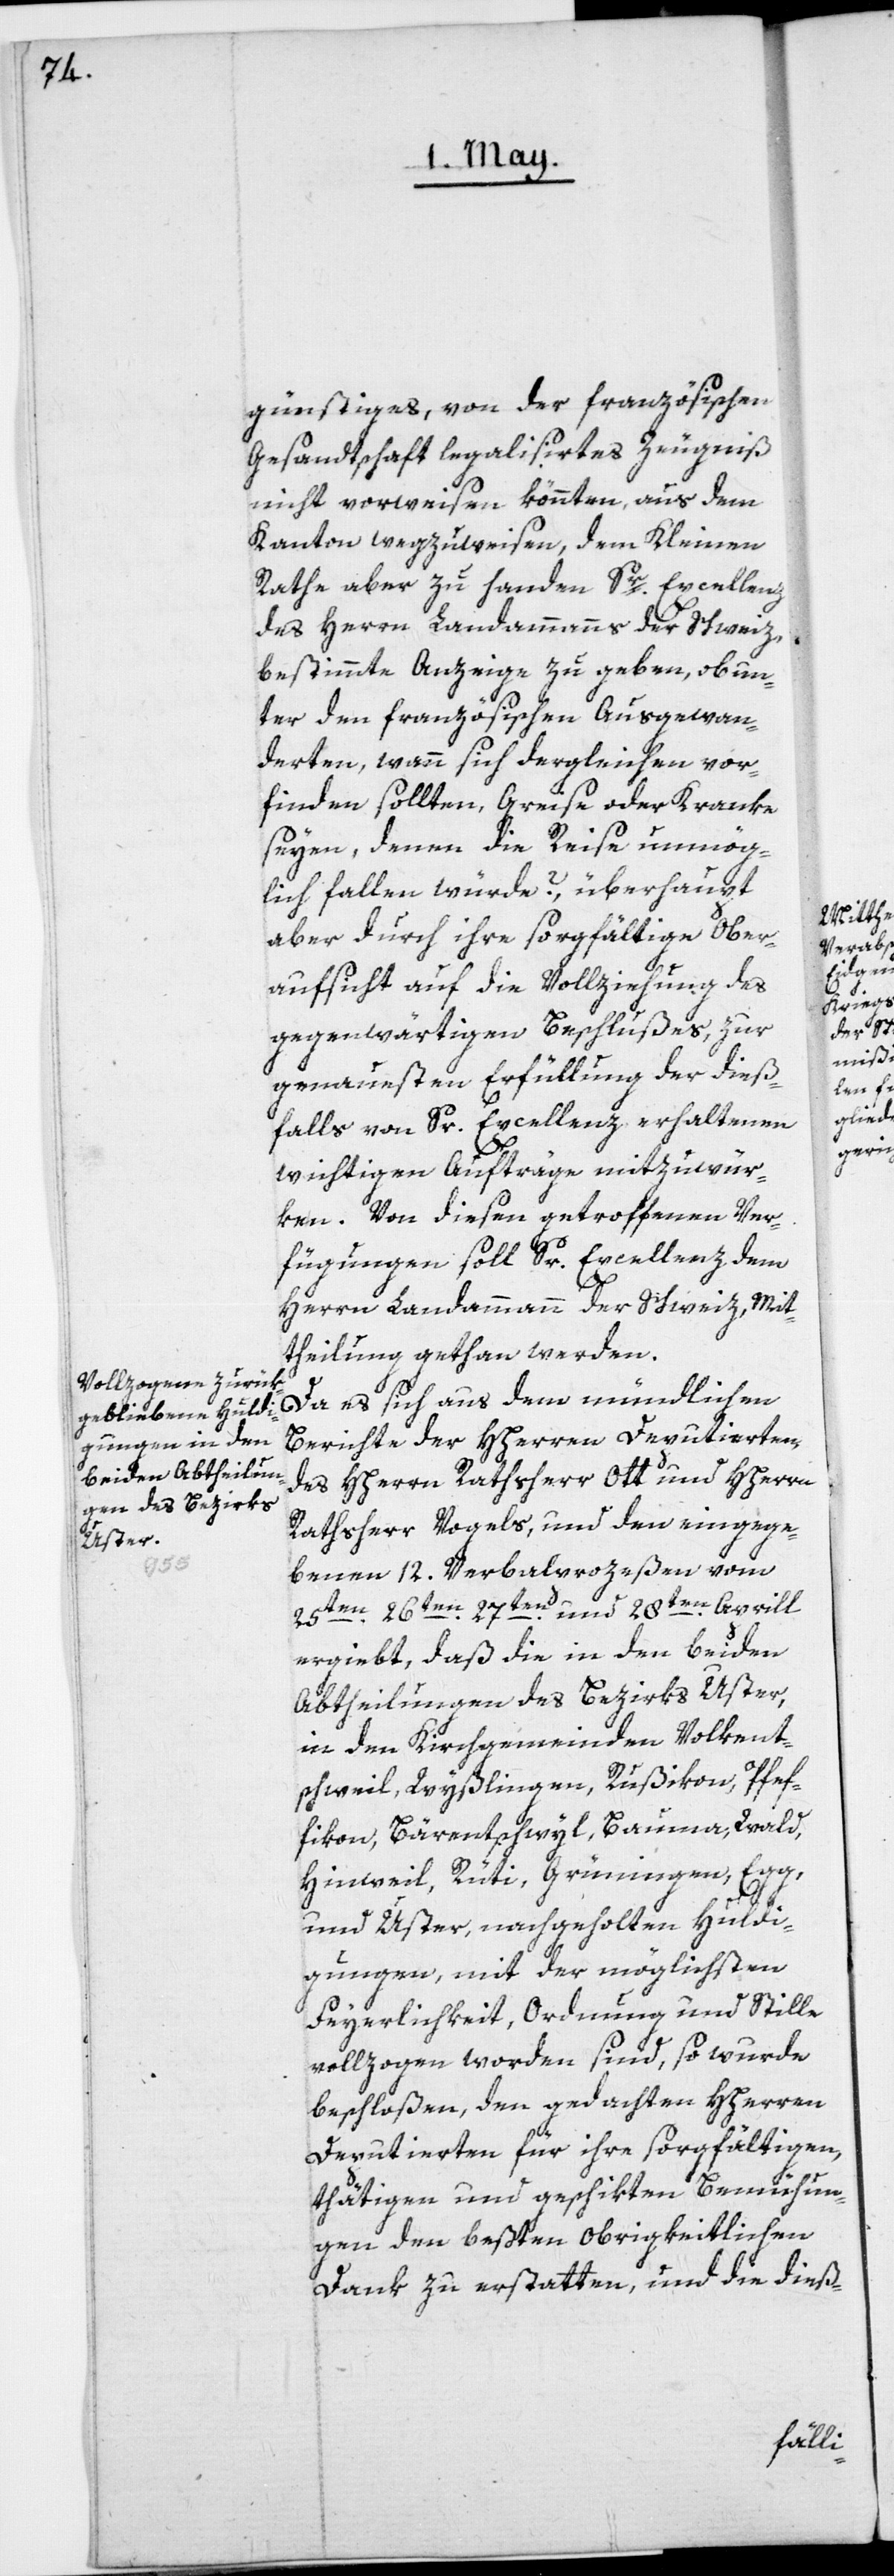
günstiges, von der französischen
Gesandtschaft legalisirtes Zeugniß
nicht vorweisen könnten, aus dem
Kanton wegzuweisen, dem Kleinen
Rathe aber zu Handen Sr Excellenz
des Herrn Landammanns der Schweiz,
bestimmte Anzeige zu geben, ob un¬
ter den französischen Ausgewan¬
derten, wann sich dergleichen vor¬
finden sollten, Greise oder Kranke
seyen, denen die Reise unmög¬
lich fallen würde?, überhaupt
aber durch ihre sorgfältige Ober¬
aufsicht auf die Vollziehung des
gegenwärtigen Beschlußes, zur
genauesten Erfüllung der dieß¬
falls von Sr. Excellenz erhaltenen
wichtigen Aufträge mitzuwür¬
ken. Von diesen getroffenen Ver¬
fügungen soll Sr. Excellenz dem
Herrn Landammann der Schweiz, Mit¬
theilung gethan werden.
Da es sich aus dem mündlichen
Berichte der HHerren Deputierten,
des HHerrn Rathsherr Ott und HHerrn
Rathsherr Vogels, und den eingege¬
benen 12. Verbalprozeßen vom
25ten[,] 26ten[,] 27ten und 28ten Aprill
ergiebt, daß die in den beiden
Abtheilungen des Bezirks Uster,
in den Kirchgemeinden Volkent¬
schweil, Wyßlingen, Rußikon, Pfef¬
fikon, Bärentschwyl, Bauma, Wald,
Hinweil, Rüti, Grüningen, Egg,
und Uster, nachgeholten Huldi¬
gungen, mit der möglichsten
Feyerlichkeit, Ordnung und Stille
vollzogen worden sind, so wurde
beschloßen, den gedachten HHerren
Deputierten für ihre sorgfältigen,
thätigen und geschikten Bemühun¬
gen den beßten obrigkeitlichen
Dank zu erstatten, und die dieß-